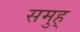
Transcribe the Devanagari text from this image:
समुह्